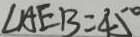
\angle A E B = 4 5 ^ { \circ }